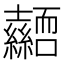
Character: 𭐜